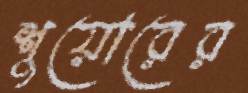
শুয়োরের